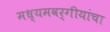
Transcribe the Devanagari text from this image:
मध्यमवर्गीयांचा